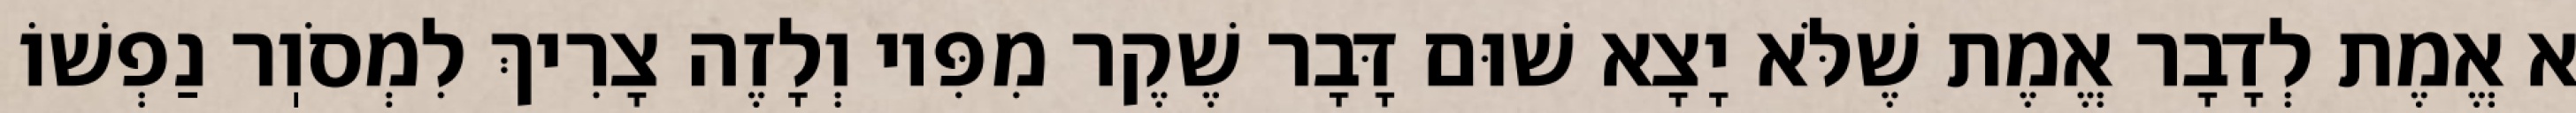
א אֱמֶת לְדָבָר אֱמֶת שֶׁלֹּא יָצָא שׁוּם דָּבָר שֶׁקֶר מִפִּיו וְלָזֶה צָרִיךְ לִמְסֹוֽר נַפְשׁוֹ